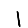
Digit: 1